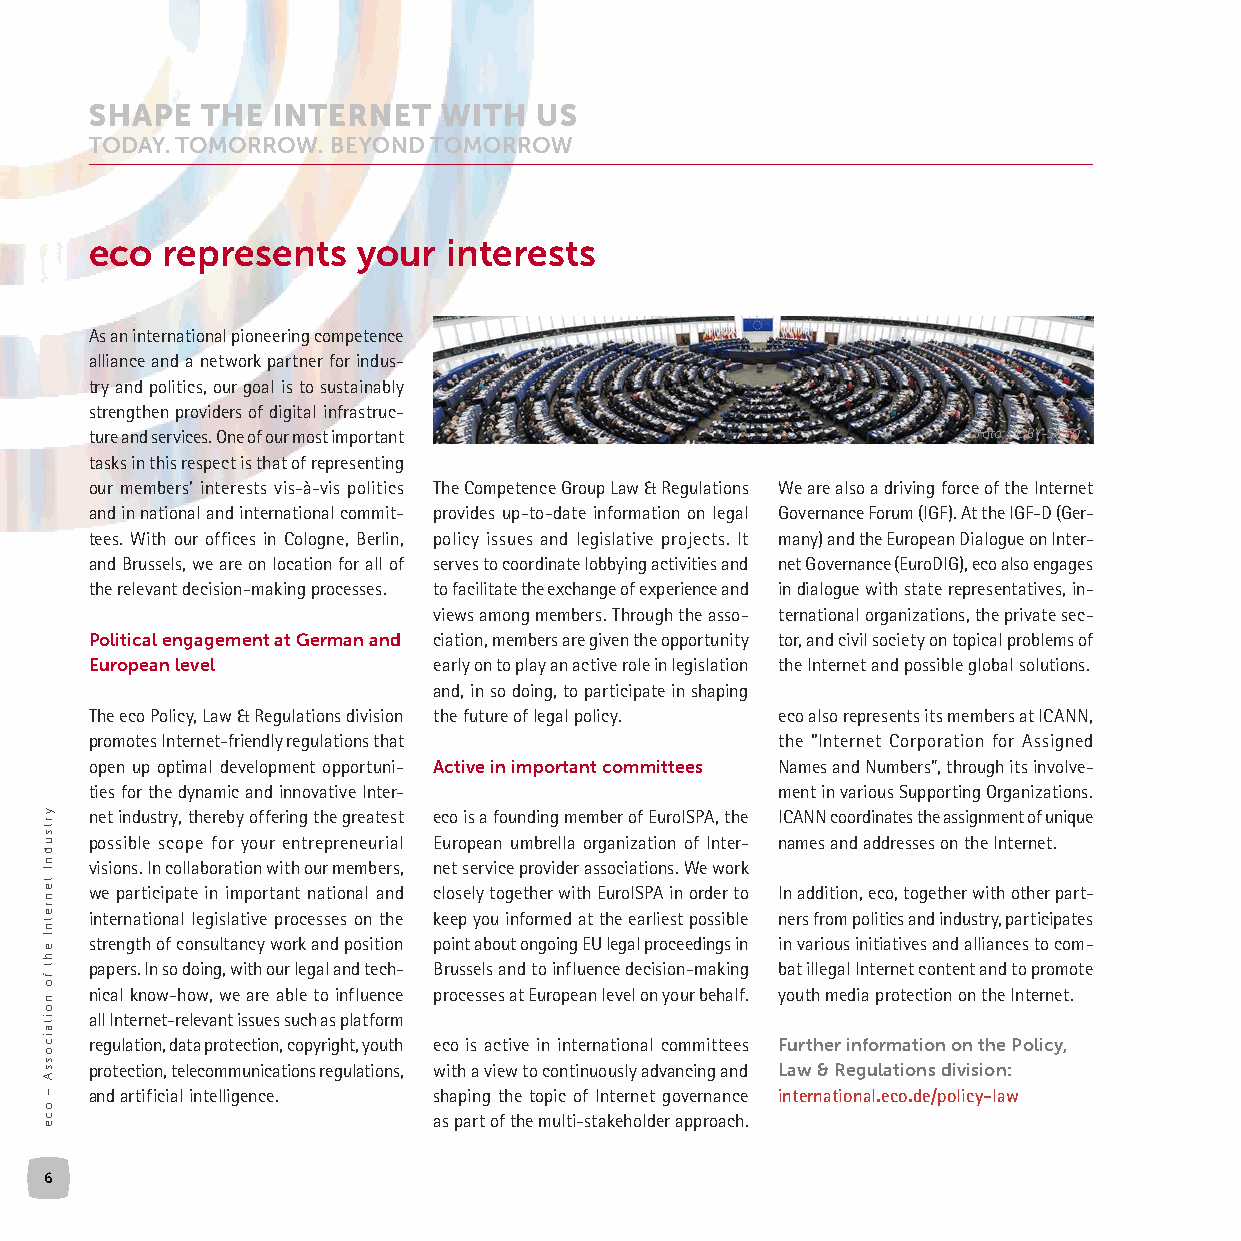
eco  represents   your  interests
 As an international pioneering competence
 alliance and a network partner for indus-
 try and politics, our goal is to sustainably
 strengthen providers of digital infrastruc-
 ture and services. One of our most important               Foto: CC BY-SA3.0
 tasks in this respect is that of representing
 our members’ interests vis-à-vis politics The Competence Group Law & Regulations We are also a driving force of the Internet
 and in national and international commit- provides up-to-date information on legal Governance Forum (IGF). At the IGF-D (Ger-
 tees. With our offices in Cologne, Berlin, policy issues and legislative projects. It many) and the European Dialogue on Inter-
 and Brussels, we are on location for all of serves to coordinate lobbying activities and net Governance (EuroDIG), eco also engages
 the relevant decision-making processes. to facilitate the exchange of experience and in dialogue with state representatives, in-
 views among members. Through the asso- ternational organizations, the private sec-
 Political engagement at German and ciation, members are given the opportunity tor, and civil society on topical problems of
 European level         early on to play an active role in legislation the Internet and possible global solutions.
 and, in so doing, to participate in shaping
 The eco Policy, Law & Regulations division the future of legal policy. eco also represents its members at ICANN,
 promotes Internet-friendly regulations that  the “Internet Corporation for Assigned
 open up optimal development opportuni- Active in important committees Names and Numbers”, through its involve-
 ties for the dynamic and innovative Inter-   ment in various Supporting Organizations.
 net industry, thereby offering the greatest eco is a founding member of EuroISPA, the ICANN coordinates the assignment of unique
 possible scope for your entrepreneurial European umbrella organization of Inter- names and addresses on the Internet.
 visions. In collaboration with our members, net service provider associations. We work
 we participate in important national and closely together with EuroISPA in order to In addition, eco, together with other part-
 international legislative processes on the keep you informed at the earliest possible ners from politics and industry, participates
 strength of consultancy work and position point about ongoing EU legal proceedings in in various initiatives and alliances to com-
 papers. In so doing, with our legal and tech- Brussels and to influence decision-making bat illegal Internet content and to promote
 nical know-how, we are able to influence processes at European level on your behalf. youth media protection on the Internet.
 all Internet-relevant issues such as platform
 regulation, data protection, copyright, youth eco is active in international committees Further information on the Policy,
 protection, telecommunications regulations, with a view to continuously advancing and Law & Regulations division:
 and artificial intelligence. shaping the topic of Internet governance international.eco.de/policy-law
 as part of the multi-stakeholder approach.
 6
 yrtsudnI
 tenretnI
 eht
 fo
 noitaicossA
 –
 oce